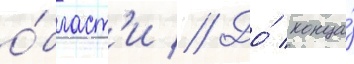
о́бласт'и // До́ конца́